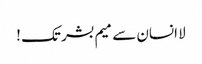
لا انسان سے میم بشر تک !